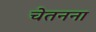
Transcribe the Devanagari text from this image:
चेतनना